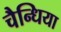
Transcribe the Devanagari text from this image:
चैन्धिया